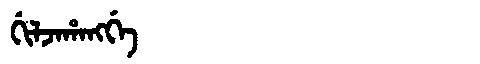
Manchu: ᡤᡳᠯᠵᠠᡥᠠᠩᡤᡝ
Romanization: GILJAHANGGE